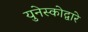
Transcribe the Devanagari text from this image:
युनेस्कोद्वारे